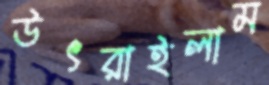
উৎরাইলাম